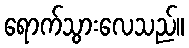
ရောက်သွားလေသည်။